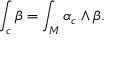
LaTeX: \int _ { c } \beta = \int _ { M } \alpha _ { c } \wedge \beta .